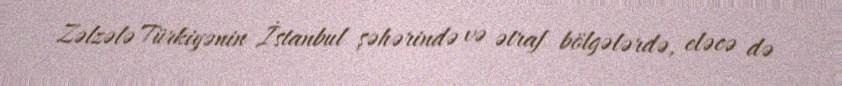
Zəlzələ Türkiyənin İstanbul şəhərində və ətraf bölgələrdə, eləcə də